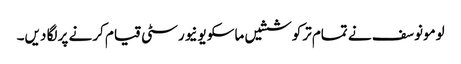
لومونوسف نے تمام ترکوششیں ماسکو یونیورسٹی قیام کرنے پر لگا دیں۔